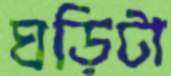
ঘড়িটা